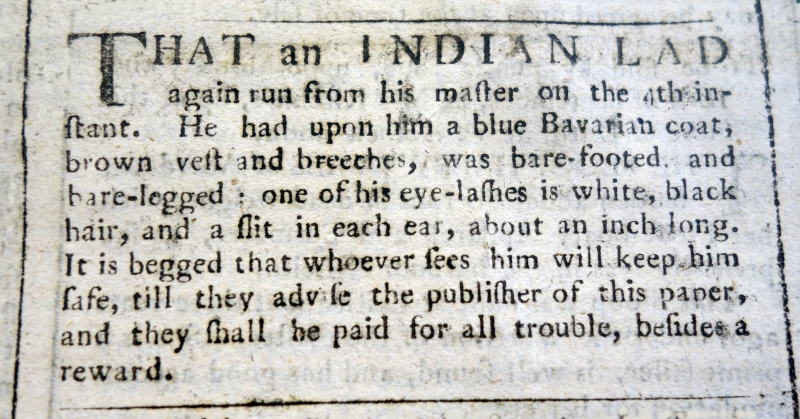
Edinburgh Evening Courant, 9 September 1765 (Scotland)
THAT an INDIAN LAD again run from his master on the 4th instant. He had upon him a blue Bavarian coat, brown vest and breeches, was bare-footed and bare-legged: one of his eye-lashes is white, black hair, and a slit in each ear, about an inch long. It is begged that whoever sees him will keep him safe, till they advise the publisher of this paper, and they shall be paid for all trouble, besides a reward.